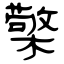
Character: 檠